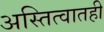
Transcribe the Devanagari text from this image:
अस्तित्वातही